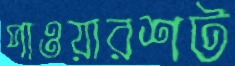
পাওয়ারশট